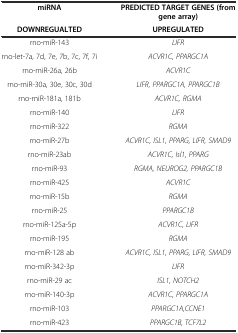
<table><thead><tr><td><b>miRNA</b></td><td><b>PREDICTED TARGET GENES (from gene array)</b></td></tr><tr><td><b>DOWNREGUALTED</b></td><td><b>UPREGULATED</b></td></tr></thead><tbody><tr><td>rno-miR-143</td><td><i>LIFR</i></td></tr><tr><td>rno-let-7a, 7d, 7e, 7b, 7c, 7f, 7i</td><td><i>ACVR1C, PPARGC1A</i></td></tr><tr><td>rno-miR-26a, 26b</td><td><i>ACVR1C</i></td></tr><tr><td>rno-miR-30a, 30e, 30c, 30d</td><td><i>LIFR, PPARGC1A, PPARGC1B</i></td></tr><tr><td>rno-miR-181a, 181b</td><td><i>ACVR1C, RGMA</i></td></tr><tr><td>rno-miR-140</td><td><i>LIFR</i></td></tr><tr><td>rno-miR-322</td><td><i>RGMA</i></td></tr><tr><td>rno-miR-27b</td><td><i>ACVR1C, ISL1, PPARG, LIFR, SMAD9</i></td></tr><tr><td>rno-miR-23ab</td><td><i>ACVR1C, Isl1, PPARG</i></td></tr><tr><td>rno-miR-93</td><td><i>RGMA, NEUROG2, PPARGC1B</i></td></tr><tr><td>rno-miR-425</td><td><i>ACVR1C</i></td></tr><tr><td>rno-miR-15b</td><td><i>RGMA</i></td></tr><tr><td>rno-miR-25</td><td><i>PPARGC1B</i></td></tr><tr><td>rno-miR-125a-5p</td><td><i>ACVR1C, LIFR</i></td></tr><tr><td>rno-miR-195</td><td><i>RGMA</i></td></tr><tr><td>rno-miR-128 ab</td><td><i>ACVR1C, ISL1, PPARG, LIFR, SMAD9</i></td></tr><tr><td>rno-miR-342-3p</td><td><i>LIFR</i></td></tr><tr><td>rno-miR-29 ac</td><td><i>ISL1, NOTCH2</i></td></tr><tr><td>rno-miR-140-3p</td><td><i>ACVR1C, PPARGC1A</i></td></tr><tr><td>rno-miR-103</td><td><i>PPARGC1A,CCNE1</i></td></tr><tr><td>rno-miR-423</td><td><i>PPARGC1B, TCF7L2</i></td></tr></tbody></table>